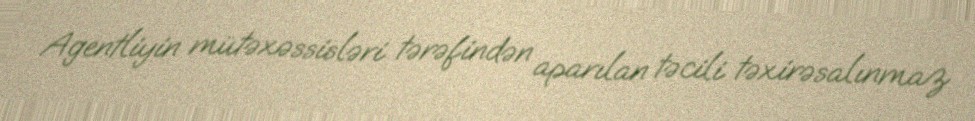
Agentliyin mütəxəssisləri tərəfindən aparılan təcili təxirəsalınmaz